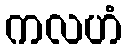
ကလဟံ